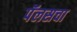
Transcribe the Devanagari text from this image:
पॅलसचा